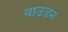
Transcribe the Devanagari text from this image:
बाउडन